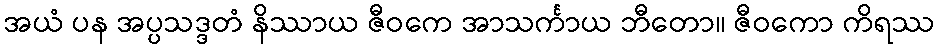
အယံ ပန အပ္ပသဒ္ဒတံ နိဿာယ ဇီဝကေ အာသင်္ကာယ ဘီတော။ ဇီဝကော ကိရဿ